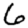
Digit: 6